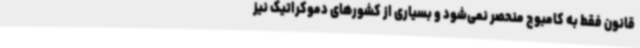
قانون فقط به کامبوج منحصر نمی‌شود و بسیاری از کشورهای دموکراتیک نیز